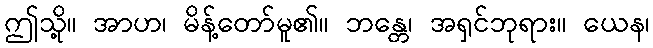
ဤသို့။ အာဟ၊ မိန့်တော်မူ၏။ ဘန္တေ၊ အရှင်ဘုရား။ ယေန၊